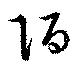
陌